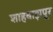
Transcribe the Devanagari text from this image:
शाहबाझपूर